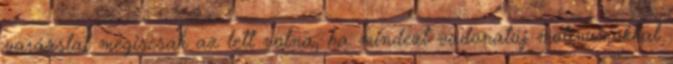
varázslat mégiscsak az lett volna, ha mindezt vadonatúj motívumokkal